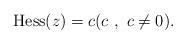
LaTeX: \begin{gather*}\mathrm{Hess}(z) = c(c \ , \ c\not=0).\end{gather*}